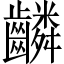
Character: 𬹸